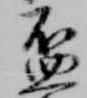
盃